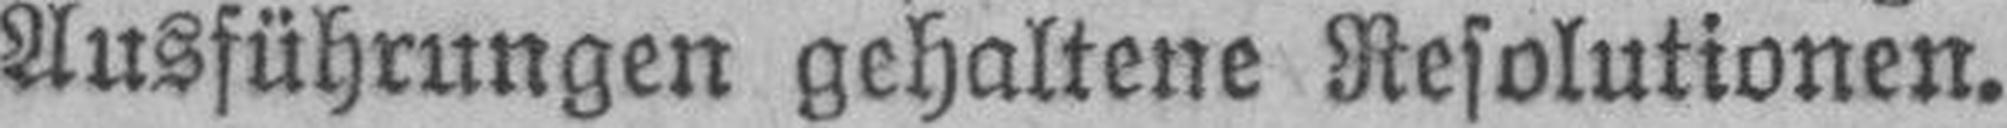
Ausführungen gehaltene Resolutionen.